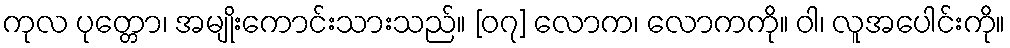
ကုလ ပုတ္တော၊ အမျိုးကောင်းသားသည်။ [၀၇] လောက၊ လောကကို။ ဝါ၊ လူအပေါင်းကို။